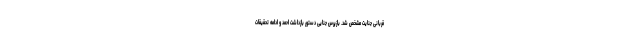
قربانی جنایت مشخص شد. بازپرس جنایی دستور بازداشت احمد و ادامه تحقیقات